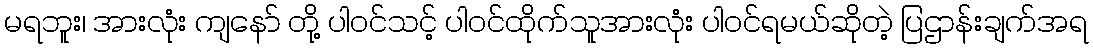
မရဘူး၊ အားလုံး ကျနော် တို့ ပါဝင်သင့် ပါဝင်ထိုက်သူအားလုံး ပါဝင်ရမယ်ဆိုတဲ့ ပြဌာန်းချက်အရ